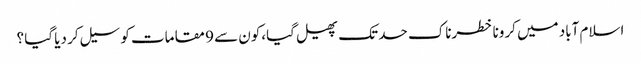
اسلام آباد میں کرونا خطرناک حد تک پھیل گیا،کون سے 9 مقامات کو سیل کر دیا گیا ؟